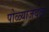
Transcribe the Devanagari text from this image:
पोळ्याजवळ